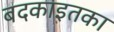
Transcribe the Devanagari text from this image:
बदकाइतका